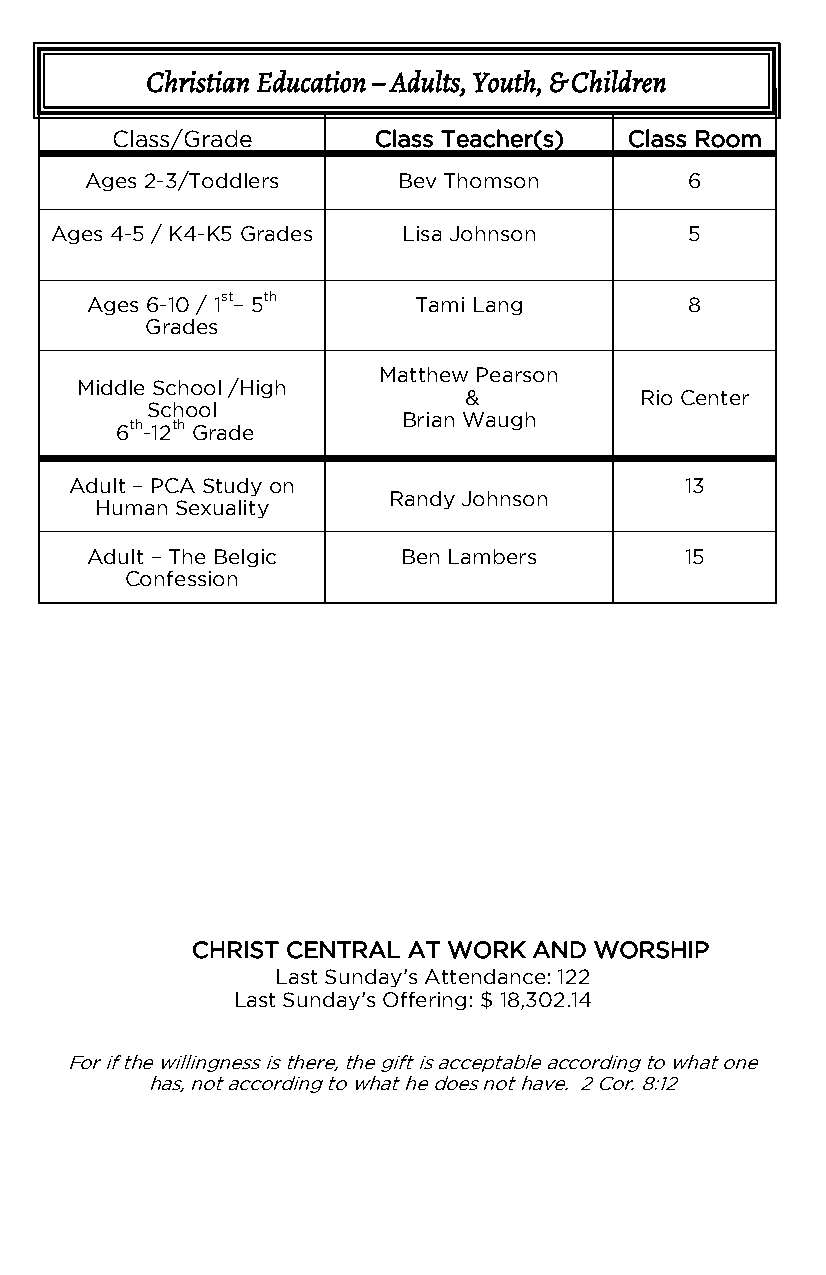
Christian Education – Adults, Youth, & Children
 Class/Grade       Class Teacher(s) Class Room
 Ages 2-3/Toddlers   B ev Thomson       6
 Ages 4-5 / K4-K5 Grades Lisa Johnson       5
 n
 Ages 6-10 / 1st– 5th Tami Lang         8
 Grades
 Matthew Pearson
 Middle School /High
 &          Rio Center
 School
 Brian Waugh
 6th-12th Grade
 Adult – PCA Study on                    13
 Randy Johnson
 Human Sexuality
 Adult – The Belgic   Ben Lambers       15
 Confession
 CHRIST CENTRAL AT WORK AND WORSHIP
 Last Sunday’s Attendance: 122
 Last Sunday’s Offering: $ 18,302.14
 For if the willingness is there, the gift is acceptable according to what one
 has, not according to what he does not have. 2 Cor. 8:12